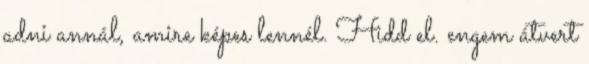
adni annál, amire képes lennél. Hidd el. engem átvert